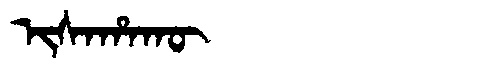
Manchu: ᡳᠰᠠᡥᠠᡴᡡ
Romanization: ISAHAKŪ